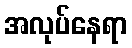
အလုပ်နေရာ